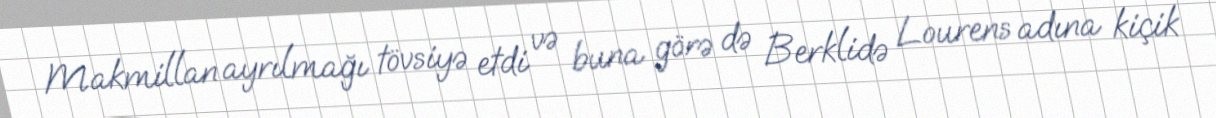
Makmillan ayrılmağı tövsiyə etdi və buna görə də Berklidə Lourens adına kiçik